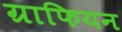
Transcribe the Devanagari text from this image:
ग्राफियन